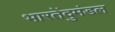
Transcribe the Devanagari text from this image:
भारतेंदुमंडल